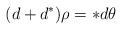
LaTeX: \begin{align*}(d+d^*) \rho= *d\theta\end{align*}